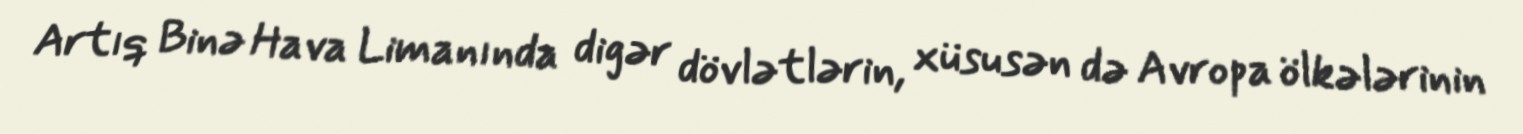
Artıq Binə Hava Limanında digər dövlətlərin, xüsusən də Avropa ölkələrinin